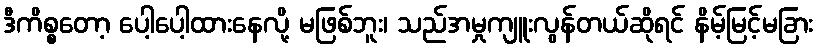
ဒီကိစ္စတော့ ပေါ့ပေါ့ထားနေလို့ မဖြစ်ဘူး၊ သည်အမှုကျူးလွန်တယ်ဆိုရင် နိမ့်မြင့်မခြား